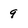
Character: 9